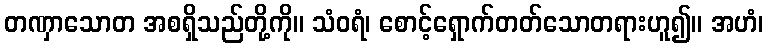
တဏှာသောတ အစရှိသည်တို့ကို။ သံဝရံ၊ စောင့်ရှောက်တတ်သောတရားဟူ၍။ အဟံ၊